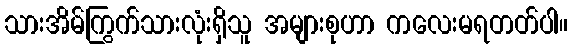
သားအိမ်ကြွက်သားလုံးရှိသူ အများစုဟာ ကလေးမရတတ်ပါ။